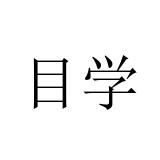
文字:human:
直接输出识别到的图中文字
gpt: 目学